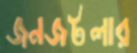
জনজটলার